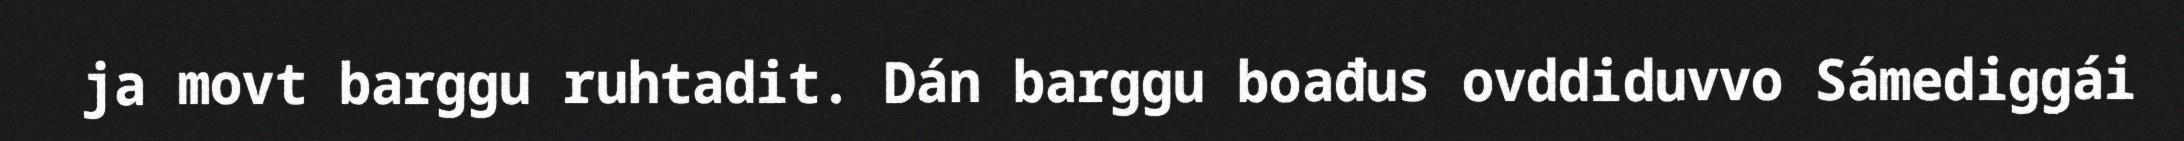
ja movt barggu ruhtadit. Dán barggu boađus ovddiduvvo Sámediggái